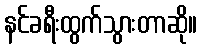
နင်ခရီးထွက်သွားတာဆို။